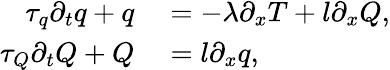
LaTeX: \begin{array}{rl}{\tau_{q}\partial_{t}q+q}&{{}=-\lambda\partial_{x}T+l\partial_{x}Q,}\\ {\tau_{Q}\partial_{t}Q+Q}&{{}=l\partial_{x}q,}\end{array}